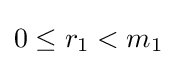
0\leq r_{1}<m_{1}